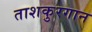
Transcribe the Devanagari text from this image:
ताशकुरगान